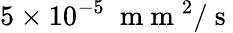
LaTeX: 5\times 10^{-5}\; \mathrm{~m~m~}^{2}/\mathrm{~s~}